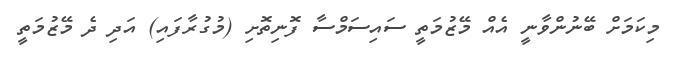
މިކަމަށް ބޭނުންވާނީ އެއް މޭޒުމަތީ ސައިސަމްސާ ފޮނިތޮށި (މުގުރާފައި) އަދި ދެ މޭޒުމަތީ